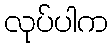
လုပ်ပါက